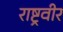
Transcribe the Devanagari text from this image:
राष्ट्रवीर